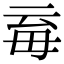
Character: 𣫱